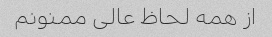
از همه لحاظ عالی ممنونم